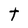
Character: t